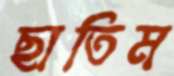
ছাতিম